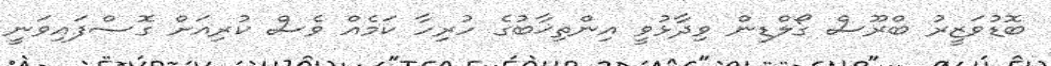
ބޮޑުވަޒީރު ބްރޫސް ގޯލްޑިން ވިދާޅުވީ އިންތިޚާބުގެ ހުރިހާ ކަމެއް ވެސް ކުރިއަށް ގޮސްފައިވަނީ